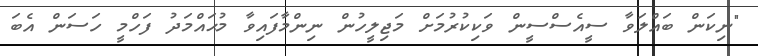
"ނިކަން ބައްލަވާ ސީއެސްސީން ވަކިކުރުމަށް މަޖިލީހުން ނިންމާފައިވާ މުޙައްމަދު ފަހްމީ ހަސަން އެބަ